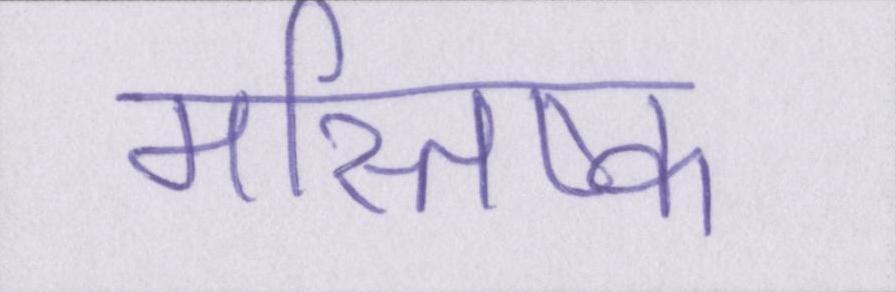
मस्तिष्क